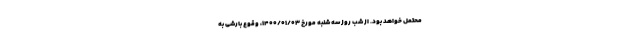
محتمل خواهد بود. از شب روز سه شنبه مورخ ۱۴۰۰/۰۱/۰۳، وقوع بارشی به